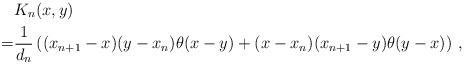
LaTeX: \begin{align*}&K_{n}(x,y)\\=&\frac1{d_{n}}\left((x_{n+1}-x)(y-x_{n})\theta(x-y)+(x-x_{n})(x_{n+1}-y)\theta(y-x)\right)\,,\end{align*}